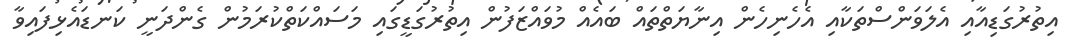
އިތުރުގަޑިއާއި އެލަވަންސްތަކާއި އެހެނިހެން އިނާޔަތްތައް ބައެއް މުވައްޒަފުން އިތުރުގަޑީގައި މަސައްކަތްކުރަމުން ގެންދަނީ ކަނޑައެޅިފައިވާ